Lunatic asylums Madras 1877-1891 - 1877-1891
Year: 1877
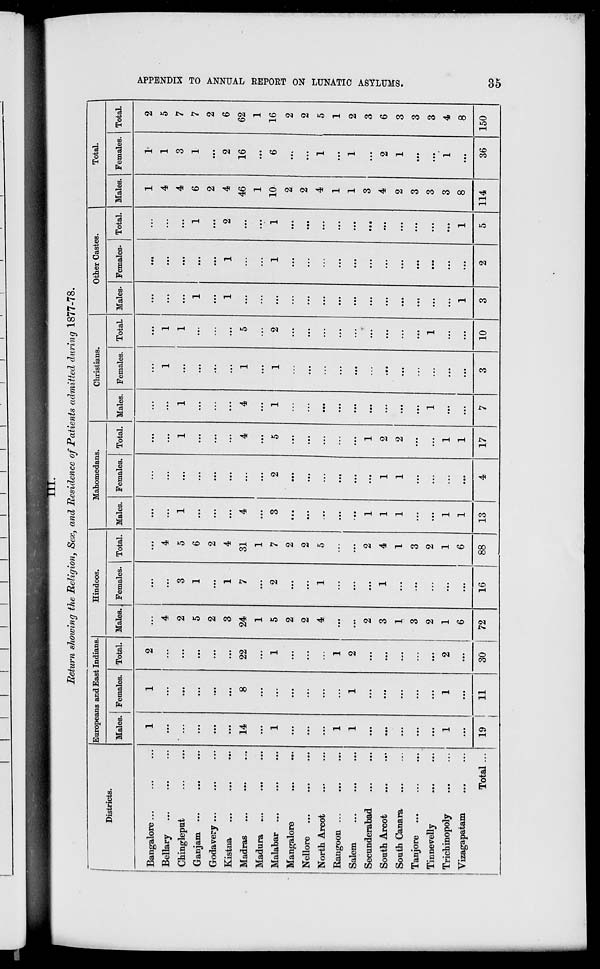
APPENDIX TO ANNUAL REPORT ON LUNATIC ASYLUMS.
35
III.
Return showing the Religion, Sex, and Residence of Patients admitted during 1877-78.
Districts.
Bangalore... ... ...
Bellary ... ... ...
Chingleput ... ... ...
Ganjam ...
...
...
Godavery ... ... ...
Kistna ... ... ...
Madras ... ... ...
Madura ....
... ...
Malabar
...
...
...
Mangalore ... ...
Nellore ... ... ...
North Arcot ... ...
Rangoon ... ... ...
Salem
... ... ...
Seconderabad ... ...
South Arcot ... ...
South Canara ... ...
Tanjore ... ... ...
Tinnevelly ... ...
Trichinopoly ... ...
Vizagapatam ... ...
Total ...
Europeans and East Indians
Males.
1
...
...
...
...
...
14
...
1
...
...
...
1
1
...
...
...
...
...
1
...
19
Females.
1
...
...
...
...
...
8
...
...
...
...
...
...
1
...
...
...
...
...
1
...
11
Total.
2
...
...
...
...
...
22
...
1
...
...
...
1
2
...
...
...
...
...
2
...
30
Hindoos.
Males.
...
4
2
5
2
3
24
1
5
2
2
4
...
...
2
3
1
3
2
1
6
72
Females.
...
...
3
1
...
1
7
...
2
...
...
1
...
...
...
1
...
...
...
...
...
16
Total.
...
4
5
6
2
4
31
1
7
2
2
5
...
...
2
4
1
3
2
1
6
88
Mahomedans.
Males.
...
...
1
...
...
...
4
...
3
...
...
...
...
...
1
1
1
...
...
1
1
13
Females.
...
...
...
...
...
...
...
...
2
...
...
...
...
...
...
1
1
...
...
...
...
4
Total.
...
...
1
...
...
...
4
...
5
...
...
...
...
...
1
2
2
...
...
1
1
17
Christians.
Males.
...
...
1
...
...
...
4
...
1
...
...
...
...
...
...
...
...
...
1
...
...
7
Females.
...
1
...
...
...
...
1
...
1
...
...
...
...
...
...
...
...
...
...
...
...
3
Total
...
1
1
...
...
...
5
...
2
...
...
...
...
...
...
...
...
...
1
...
...
10
Other Castes.
Males.
...
...
...
1
...
1
...
...
...
...
...
...
...
...
...
...
...
...
...
...
1
3
Females.
...
...
...
...
...
1
...
...
1
...
...
...
...
...
...
...
...
...
...
...
...
...
Total.
...
...
...
1
...
2
...
...
1
...
...
...
...
...
...
...
...
...
...
...
1
5
Total.
Males.
1
4
4
6
2
4
46
1
10
2
2
4
1
1
3
4
2
3
3
3
8
114
Females.
1
1
3
1
...
2
16
...
6
...
...
1
...
1
...
2
1
...
...
1
...
36
Total.
2
5
7
7
2
6
62
1
16
2
2
5
1
2
3
6
3
3
3
4
8
150